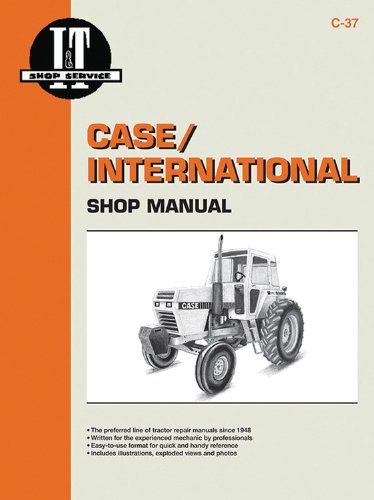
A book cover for Case Shop Manual C-37 (2090-2094-2290-2294-2390-2394-2590-2594) (I & T Shop Service); Primedia Business Directories & Books; Crafts, Hobbies & Home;